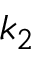
k _ { 2 }